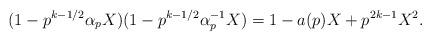
LaTeX: \begin{align*} (1-p^{k-1/2}\alpha_pX)(1-p^{k-1/2}\alpha_p^{-1}X) = 1- a(p)X + p^{2k-1}X^2.\end{align*}